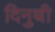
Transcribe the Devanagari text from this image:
दिनुच्ची